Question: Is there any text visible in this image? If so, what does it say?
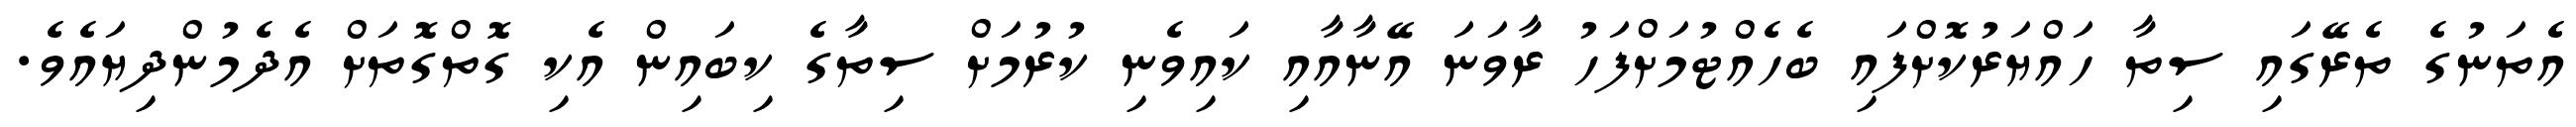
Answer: އެތަނުގެ ތެރޭގައި ސިތާ ހައްޔަރުކޮށްފައި ބެހެއްޓުމަށްފަހު ރާވަނަ އޭނާއާއި ކައިވެނި ކުރުމަށް ސިތާގެ ކިބައިން އެކި ގޮތްގޮތަށް އެދެމުންދިޔައެވެ.